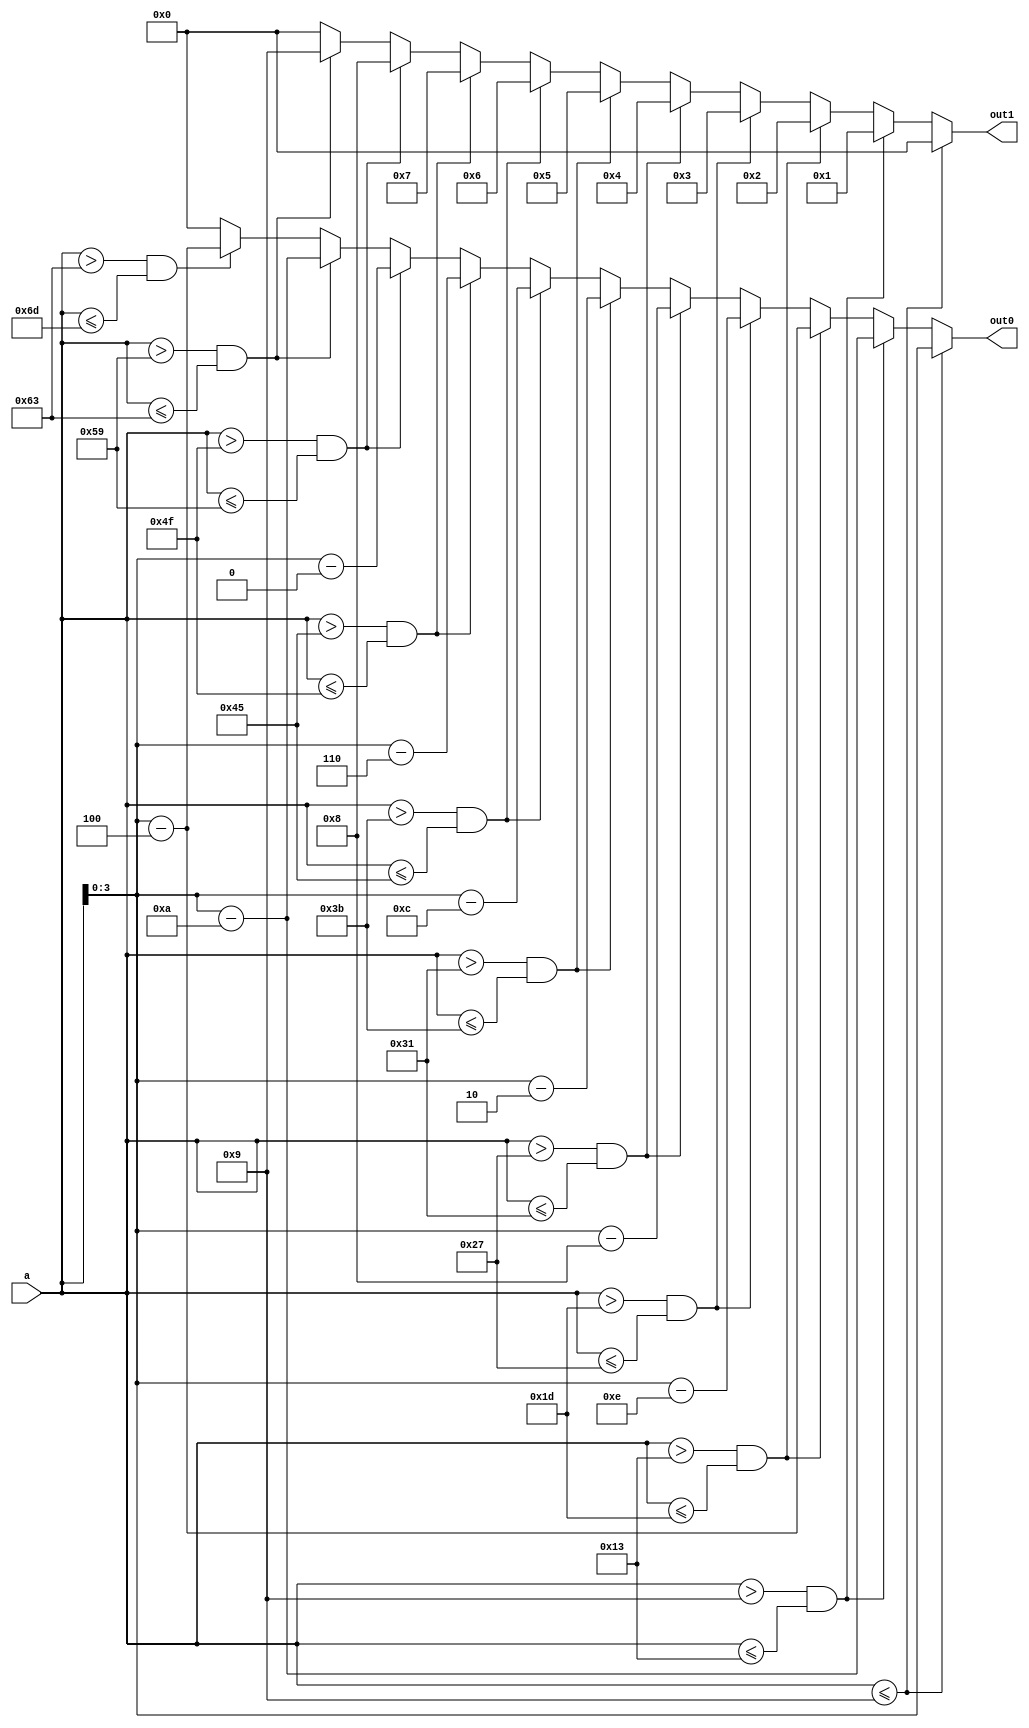
/*
   This file was generated automatically by the Mojo IDE version B1.3.6.
   Do not edit this file directly. Instead edit the original Lucid source.
   This is a temporary file and any changes made to it will be destroyed.
*/

module decimal2_23 (
    input [7:0] a,
    output reg [3:0] out1,
    output reg [3:0] out0
  );
  
  
  
  always @* begin
    if (a <= 4'h9) begin
      out1 = 4'h0;
      out0 = a[0+3-:4];
    end else begin
      if (a > 4'h9 && a <= 5'h13) begin
        out1 = 4'h1;
        out0 = a - 4'ha;
      end else begin
        if (a > 5'h13 && a <= 5'h1d) begin
          out1 = 4'h2;
          out0 = a - 5'h14;
        end else begin
          if (a > 5'h1d && a <= 6'h27) begin
            out1 = 4'h3;
            out0 = a - 5'h1e;
          end else begin
            if (a > 6'h27 && a <= 6'h31) begin
              out1 = 4'h4;
              out0 = a - 6'h28;
            end else begin
              if (a > 6'h31 && a <= 6'h3b) begin
                out1 = 4'h5;
                out0 = a - 6'h32;
              end else begin
                if (a > 6'h3b && a <= 7'h45) begin
                  out1 = 4'h6;
                  out0 = a - 6'h3c;
                end else begin
                  if (a > 7'h45 && a <= 7'h4f) begin
                    out1 = 4'h7;
                    out0 = a - 7'h46;
                  end else begin
                    if (a > 7'h4f && a <= 7'h59) begin
                      out1 = 4'h8;
                      out0 = a - 7'h50;
                    end else begin
                      if (a > 7'h59 && a <= 7'h63) begin
                        out1 = 4'h9;
                        out0 = a - 7'h5a;
                      end else begin
                        if (a > 7'h63 && a <= 7'h6d) begin
                          out1 = 4'h0;
                          out0 = a - 7'h64;
                        end else begin
                          out1 = 1'h0;
                          out0 = 1'h0;
                        end
                      end
                    end
                  end
                end
              end
            end
          end
        end
      end
    end
  end
endmodule